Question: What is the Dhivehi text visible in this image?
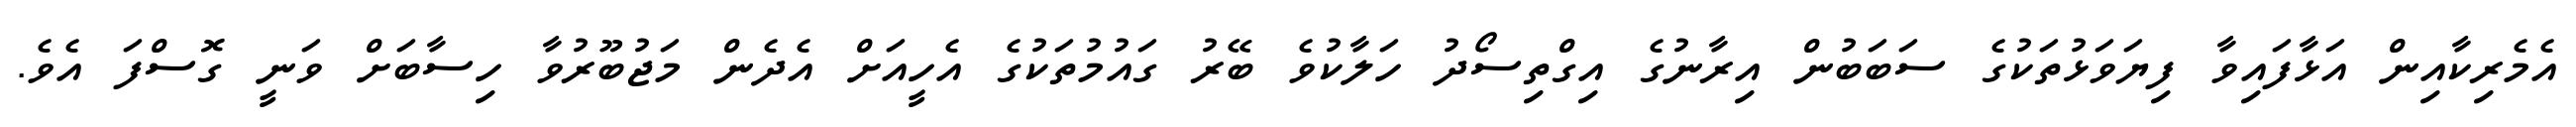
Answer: އެމެރިކާއިން އަޅާފައިވާ ފިޔަވަޅުތަކުގެ ސަބަބުން އިރާނުގެ އިގްތިސޯދު ހަލާކުވެ ބޭރު ގައުމުތަކުގެ އެހީއަށް އެދެން މަޖުބޫރުވާ ހިސާބަށް ވަނީ ގޮސްފަ އެވެ.